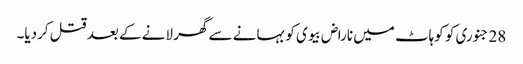
28 جنوری کو کوہاٹ میں ناراض بیوی کو بہانے سے گھر لانے کے بعد قتل کردیا۔